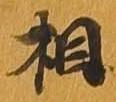
相